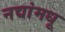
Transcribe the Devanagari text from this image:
नद्यांमधू